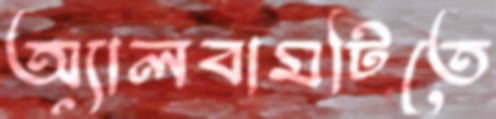
অ্যালবামটিতে